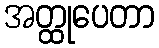
အတ္ထုပေတာ